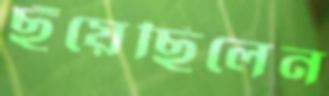
ছুঁয়েছিলেন